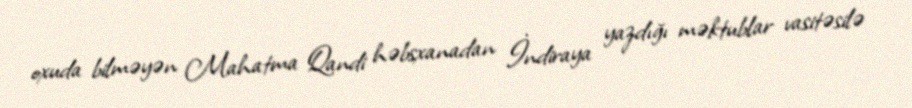
oxuda bilməyən Mahatma Qandi həbsxanadan İndiraya yazdığı məktublar vasitəsilə